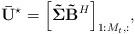
LaTeX: \begin{align*} {\bf{\bar U}}^{\star} = {\left[ {{\bf{\tilde \Sigma }}{{\bf{\tilde B}}^H}} \right]_{1:{M_t},:}}, \end{align*}